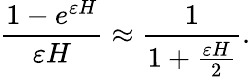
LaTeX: \frac{1-e^{\varepsilon H}}{\varepsilon H}\approx\frac{1}{1+\frac{\varepsilon H}{2}}.